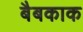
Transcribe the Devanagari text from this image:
बैबकाक